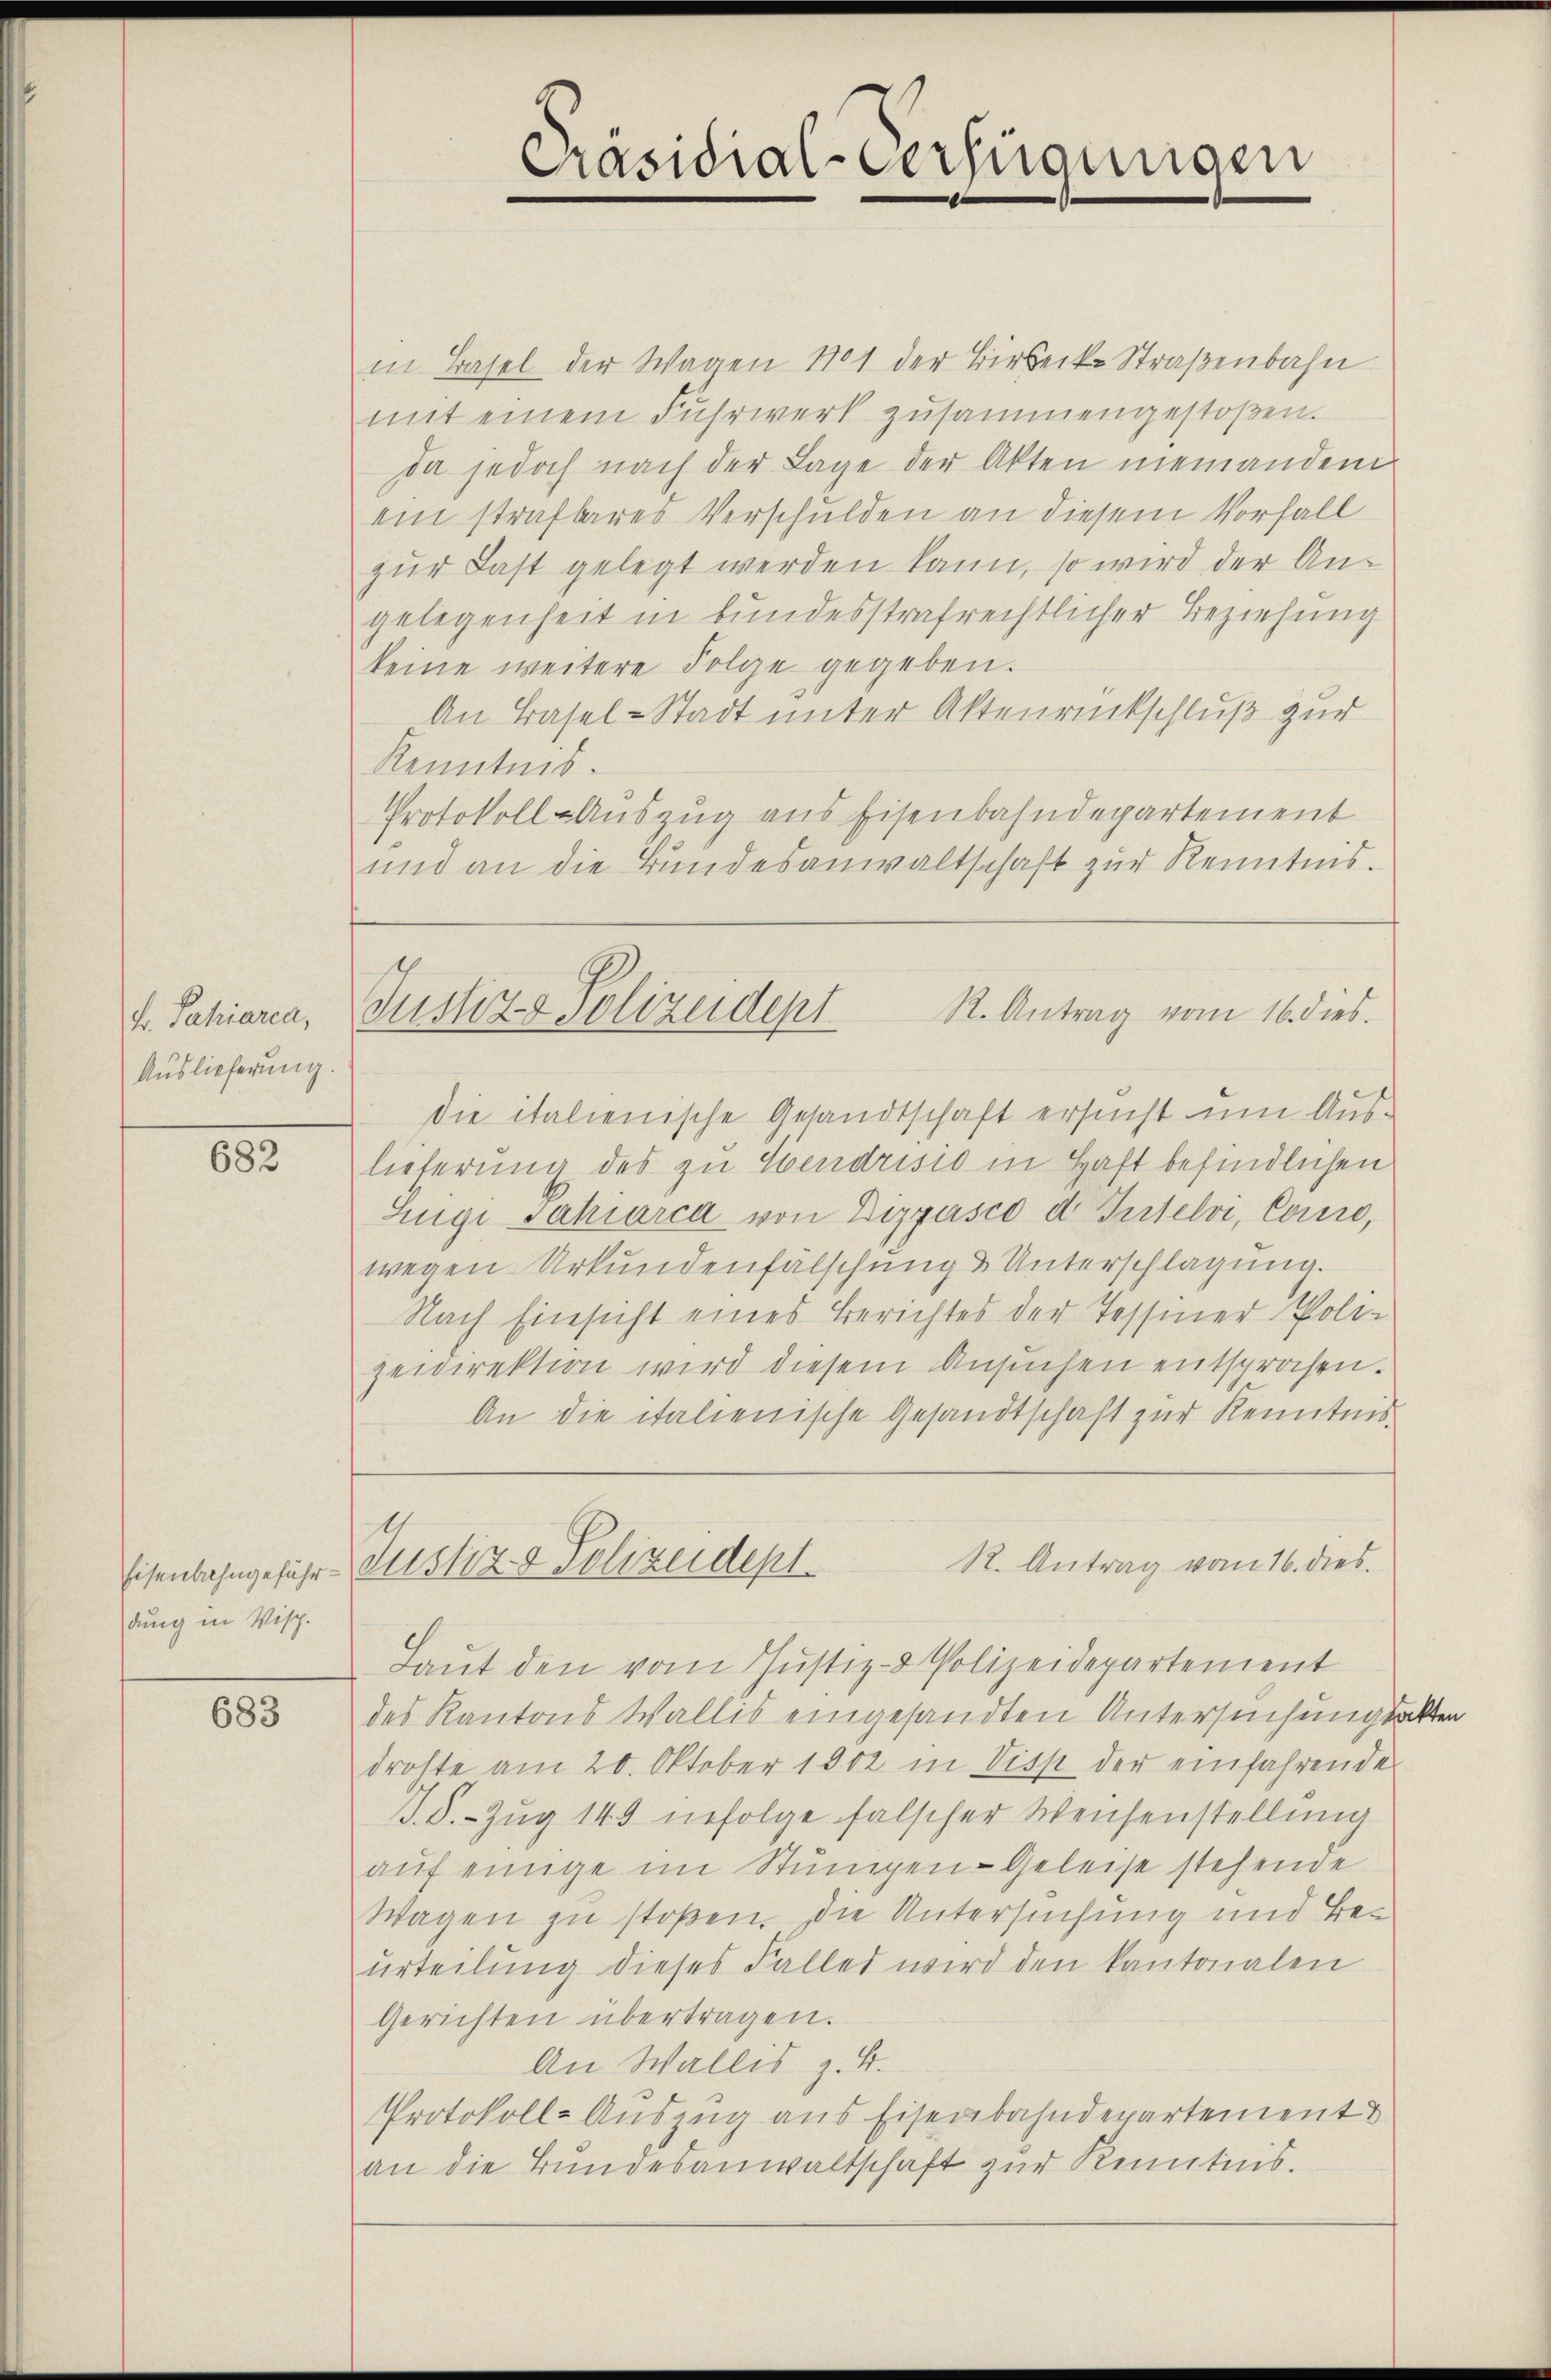
B. Sahiaria,
Auslieferung.

682

dung in Visch.

683

und an die Bundesanwaltschaft zur Kenntnis.
Justiz & Polizeidept

in Basel der Wagen 1701 der Birsecke Straßenbahn
mit einem Fuhrwerk zusammengestoβen.
Da jedoch nach der Lage der Akten niemanden
ein strafbares Verschulden an diesem Vorfall
zur Last gelegt werden kann, so wird der Angelegenheit in bundesstrafrechtlicher Beziehung
keine weitere Folge gegeben.
An Basel-Stadt unter Aktenrückschluß zur
Kenntnis.
Protokoll-Auszug aus Eisenbahndepartement
die italienische Gesandtschaft ersucht um Auslieferung des zu Ebendrisio in Haft befindlichen
Zuge Jahiarca von Dippisco d Tutelvi, Corro,
wegen Urkundenfälschung & Unterschlagung.
Nach Einsicht eines Berichtes der Tessiner Poli-
zeidirektion wird diesem Ansuchen entsprochen.
An die italienische Gesandtschaft zur Kenntnis
7
R. Antrag vom 16. dies.
Eisenbahngeführ Mitstiz & Polizeident.
Laŭt den vom Justiz- & Polizeidepartement
des Kantons Wallis eingesandten Untersuchungsakten
drohte am 20. Oktober 1902 in Visp der einfahrende
J.S.- Zug 145 infolge falscher Weisenstellung
auf einige im Stumpen-Geleise stehende
Wagen zu stoßen. Die Untersuchung und Beurteilung dieses Falles wird den kantonalen
Gerichten übertragen.
An Wallis z. B.
Protokoll-Auszug aus Eisenbahndepartement
an die Bundesanwaltschaft zur Kenntnis.

Präsidial-Verfügungen

R. Antrag vom 16. dies.